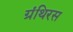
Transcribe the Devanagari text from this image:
ग्रंथिरस